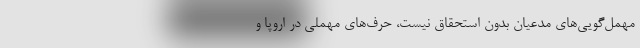
مهمل‌گویی‌های مدعیان بدون استحقاق نیست، حرف‌های مهملی در اروپا و